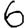
Digit: 6